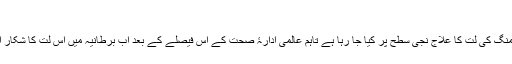
‘
برطانیہ سمیت دنیا کے کئی ممالک میں پہلے ہی گیمنگ کی لت کا علاج نجی سطح پر کیا جا رہا ہے تاہم عالمی ادارۂ صحت کے اس فیصلے کے بعد اب برطانیہ میں اس لت کا شکار افراد سرکاری خرچے پر علاج بھی کروا سکیں گے۔